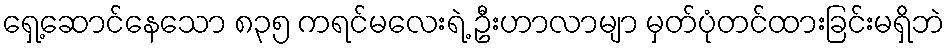
ရှေ့ဆောင်နေသော ၈၃၅ ကရင်မလေးရဲ့ ဦးဟာလာမျာ မှတ်ပုံတင်ထားခြင်းမရှိဘဲ